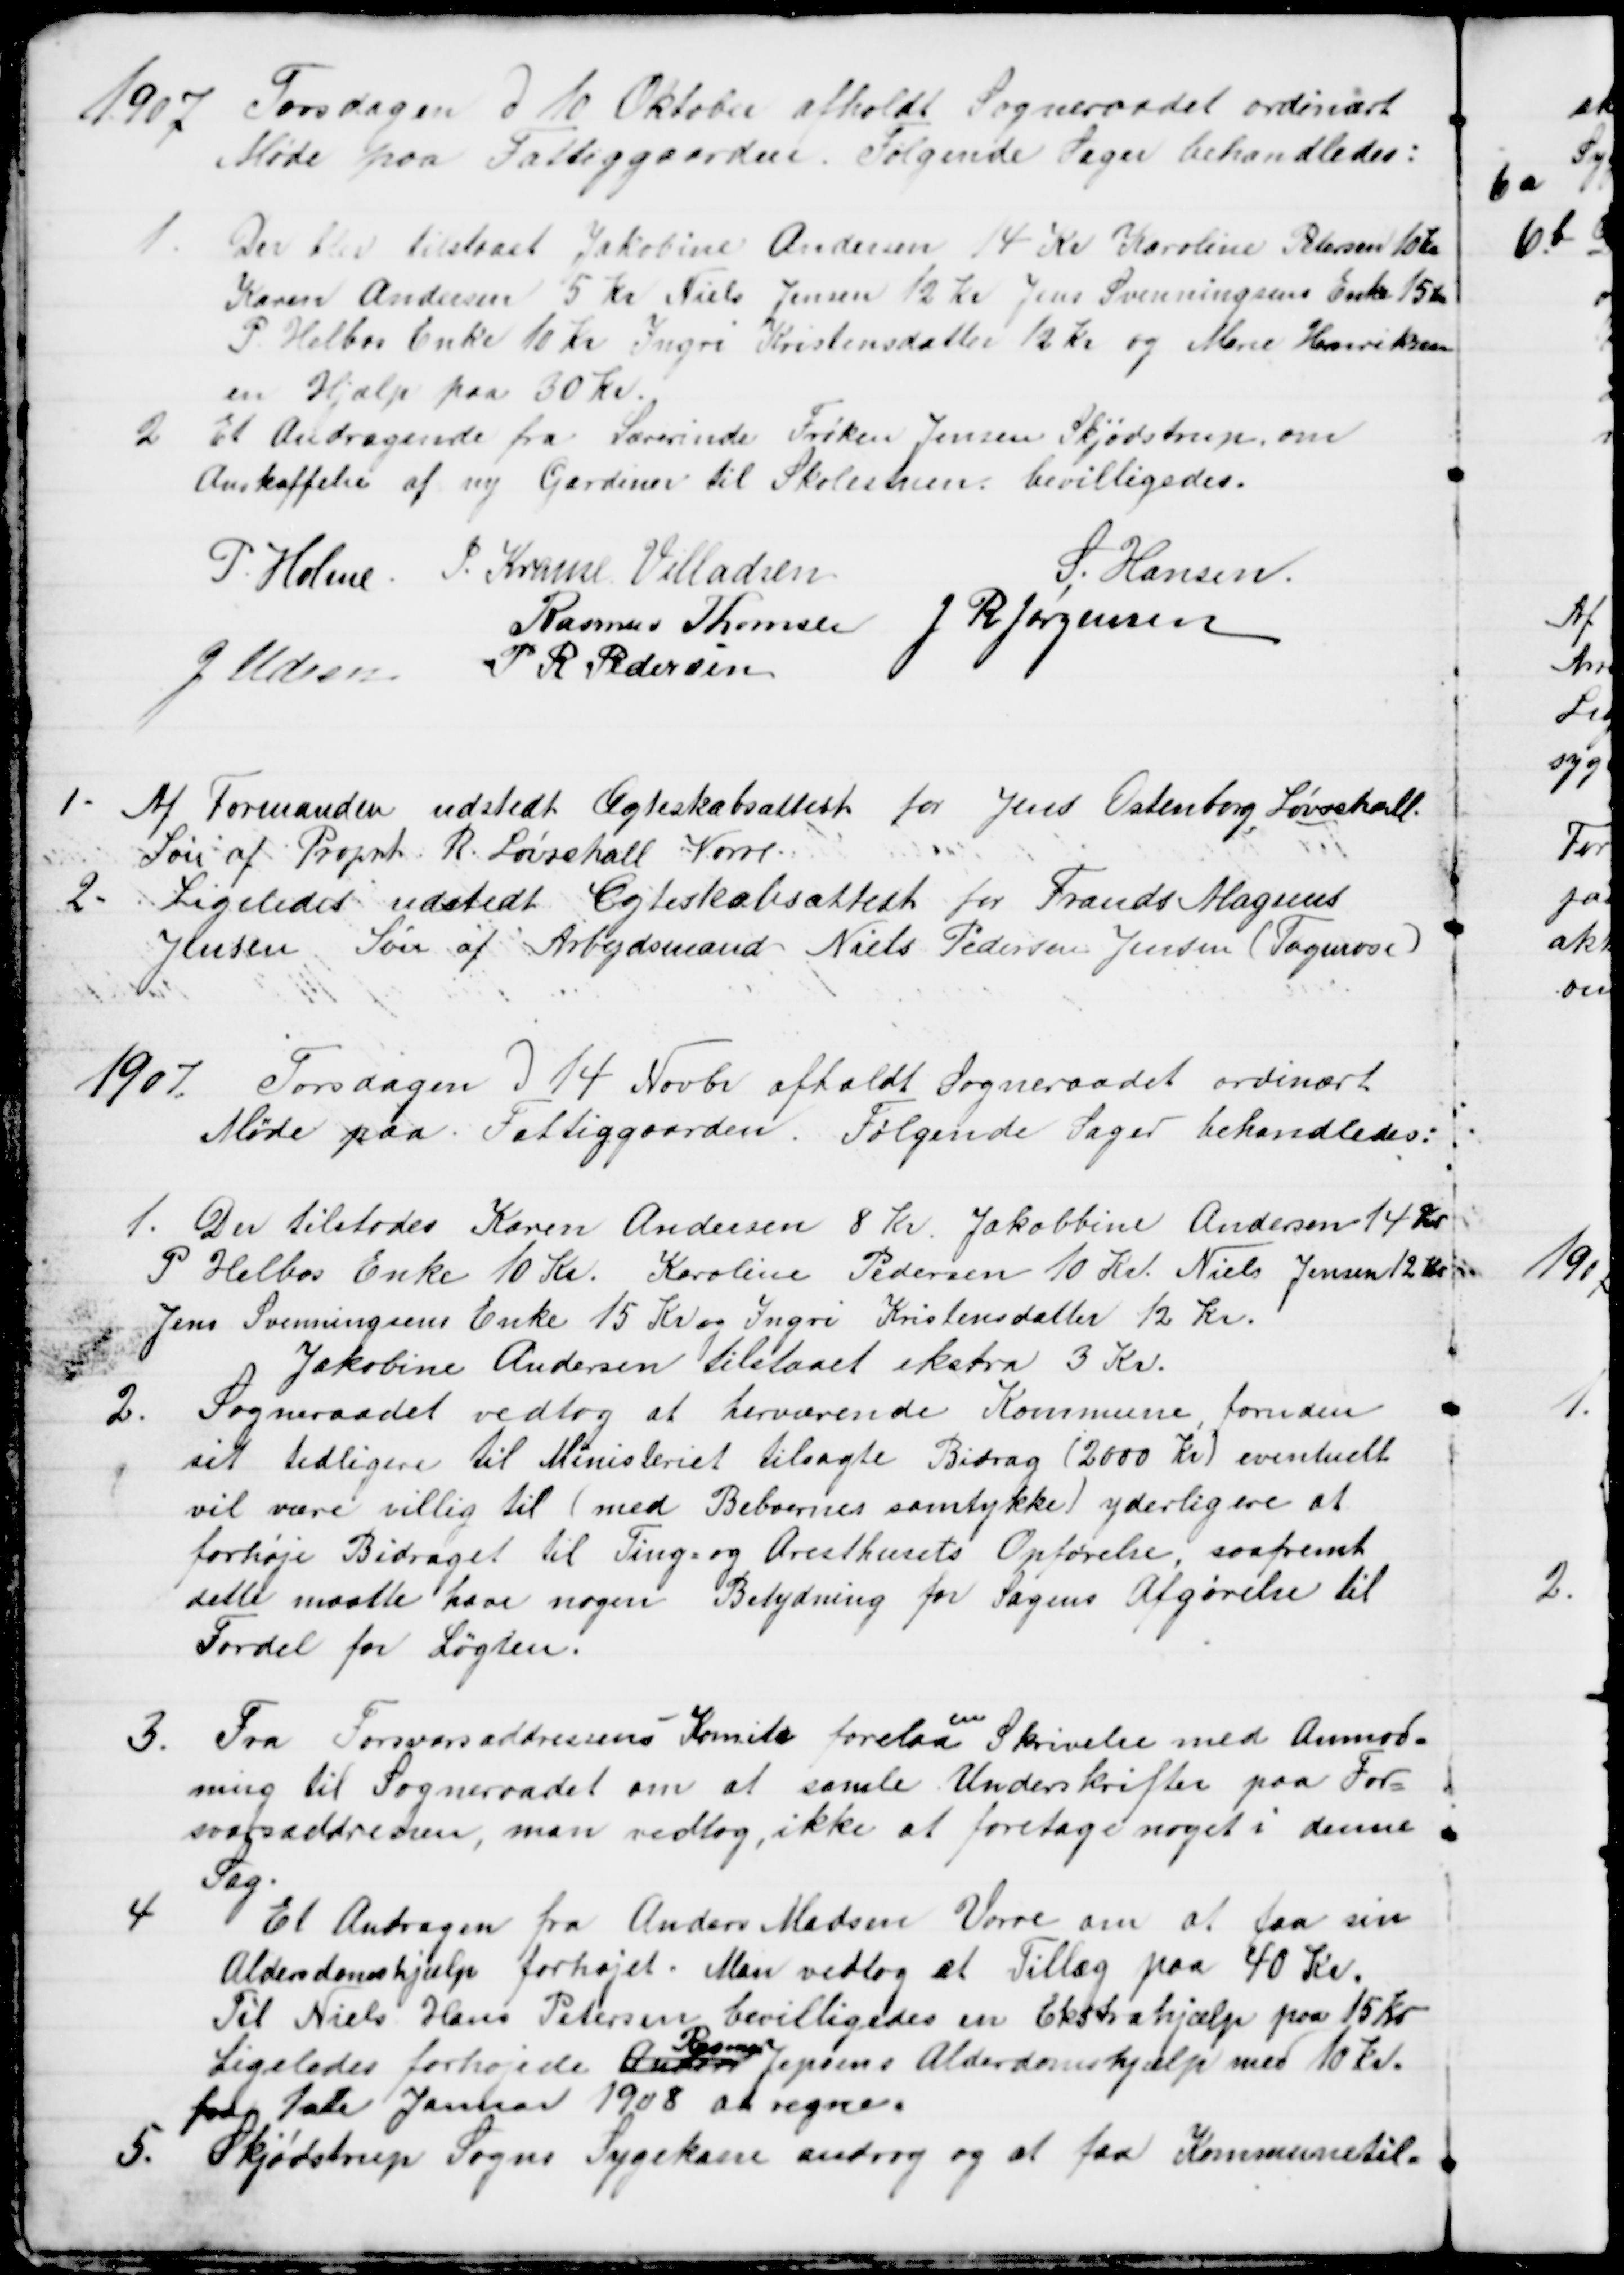
Transskription:
1907
Torsdagen d 10 Oktober afholdt Sogneraadet ordinært
Møde paa Fattiggaarden. Følgende Sager behandledes:
1. Der blev tilstaaet Jakobine Andersen 14 Kr Karoline Petersen 10 Kr
Karen Andersen 5 Kr Niels Jensen 12 Kr Jens Svenningsens Enke 15 Kr
P. Helbos Enke 10 Kr Ingri Kristensdatter 12 kr og Marie Henriksen
en Hjælp paa 30 Kr.
2. Et Andragende fra Lærerinde Frøken Jensen Skjødstrup, om
Anskaffelse af ny Gardiner til Skolestuen bevilligedes.
P. Holme. J. Krause Villadsen
S. Hansen
Rasmus Thomsen J R Jørgensen
J Udsen P. R. Pedersen
1. Af Formanden udstedt Ægteskabsattest for Jens Ostenborg Løvschall.
Søn af Propr. R. Løvschall Vorre.
2.
Ligeledes udstedt Ægteskabsattest for Frands Magnus
Jensen, Søn af Arbejdsmand Niels Pedersen Jensen (Tagmose)
1907. Torsdagen d 14 Novbr afholdt Sogneraadet ordinært
Møde paa Fattiggaarden. Følgende Sager behandledes:
1. Der tilstodes Karen Andersen 8 Kr. Jakobbine Andersen 14 Kr
P. Helbos Enke 10 Kr. Karoline Pedersen 10 Kr. Niels Jensen 12 Kr 
Jens Svenningsens Enke 15 Kr og Ingri Kristensdatter 12 Kr.
Jakobine Andersen tilstaaet ekstra 3 Kr.
2.
Sogneraadet vedtog at herværende Kommune, foruden
sit tidligere til Ministeriet tilsagte Bidrag (2000 Kr) eventuelt
vil være villig til (med Beboernes samtykke) yderligere at
forhøje Bidraget til Ting= og Aresthusets Opførelse, saafremt
dette maatte have nogen Betydning for Sagens Afgørelse til
Fordel for Løgten.
3. Fra Forsvarsaddressens Komite forelaa 
en
Skrivelse med Anmod=
ning til Sogneraadet om at samle Underskrifter paa For=
svasaddressen, man vedtog, ikke at foretage noget i denne 
Sag.
4
Et Andragen fra Anders Madsen Vorre om at faa sin
Aldersdomshjælp forhøjet. Man vedtog et Tillæg paa 40 Kr.
Til Niels Hans Petersen bevilligedes en Ekstrahjælp paa 15 Kr
Ligeledes forhøjede Anders 
Rasmus
Jepsens Alderdomshjælp med 10 Kr.
fra 1ste Januar 1908 at regne.
5. Skjødstrup Sogns Sygekasse androg og at faa Kommunetil=